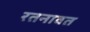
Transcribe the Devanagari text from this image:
रतनावत